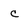
Character: c